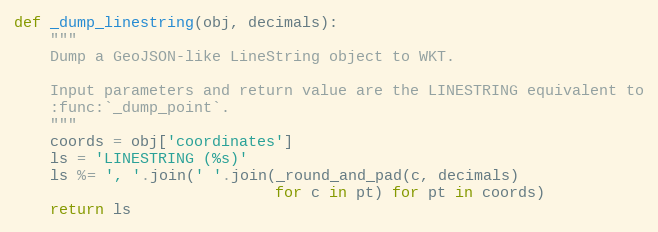
Language: Python
def _dump_linestring(obj, decimals):
    """
    Dump a GeoJSON-like LineString object to WKT.

    Input parameters and return value are the LINESTRING equivalent to
    :func:`_dump_point`.
    """
    coords = obj['coordinates']
    ls = 'LINESTRING (%s)'
    ls %= ', '.join(' '.join(_round_and_pad(c, decimals)
                             for c in pt) for pt in coords)
    return ls